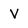
Character: v